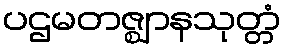
ပဌမတဇ္ဈာနသုတ္တံ